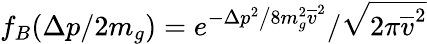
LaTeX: f_{B}(\Delta p/2m_{g})=e^{-\Delta p^{2}\big/8m_{g}^{2}\overline{{v}}^{2}}/\sqrt{2\pi\overline{{v}}^{2}}